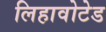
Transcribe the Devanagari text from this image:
लिहावोटेड